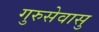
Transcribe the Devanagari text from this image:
गुरुसेवासु